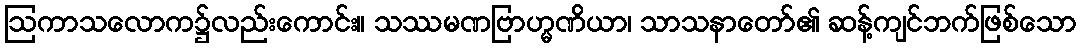
ဩကာသလောက၌လည်းကောင်း။ သဿမဏဗြာဟ္မဏိယာ၊ သာသနာတော်၏ ဆန့်ကျင်ဘက်ဖြစ်သော